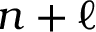
n + \ell